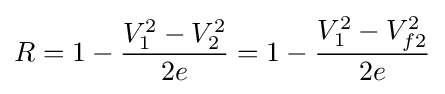
R=1-{\frac {V_{1}^{2}-V_{2}^{2}}{2e}}=1-{\frac {V_{1}^{2}-V_{f2}^{2}}{2e}}